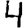
Digit: 4